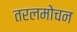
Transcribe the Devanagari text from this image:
तरलमोचन